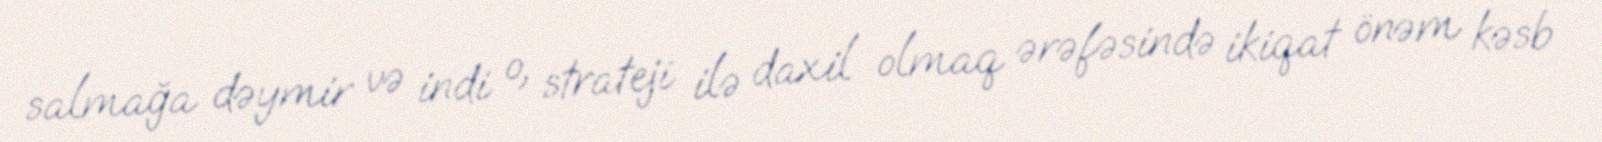
salmağa dəymir və indi o, strateji ilə daxil olmaq ərəfəsində ikiqat önəm kəsb